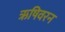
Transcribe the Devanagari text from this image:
ऋषिवरन